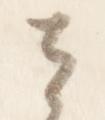
者